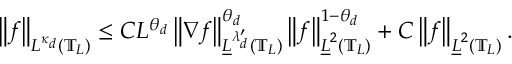
\left\| f \right\| _ { L ^ { \kappa _ { d } } ( \mathbb { T } _ { L } ) } \leq C L ^ { \theta _ { d } } \left\| \nabla f \right\| _ { \underline { { L } } ^ { \lambda _ { d } ^ { \prime } } ( \mathbb { T } _ { L } ) } ^ { \theta _ { d } } \left\| f \right\| _ { \underline { { L } } ^ { 2 } ( \mathbb { T } _ { L } ) } ^ { 1 - \theta _ { d } } + C \left\| f \right\| _ { \underline { { L } } ^ { 2 } ( \mathbb { T } _ { L } ) } .